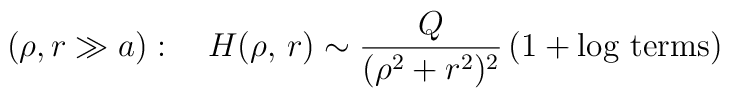
\left(\rho, r\gg a\right):\quad H(\rho,\,r)\sim\frac{Q}{(\rho^2+r^2)^2}\left(1 + \mathrm{log~terms} \right)